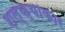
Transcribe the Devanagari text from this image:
शल्क्याकार